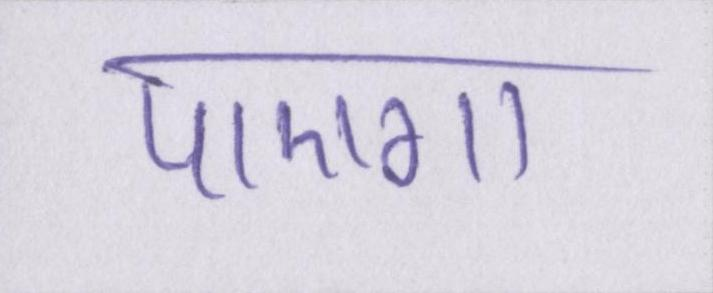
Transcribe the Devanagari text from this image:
पाएगा